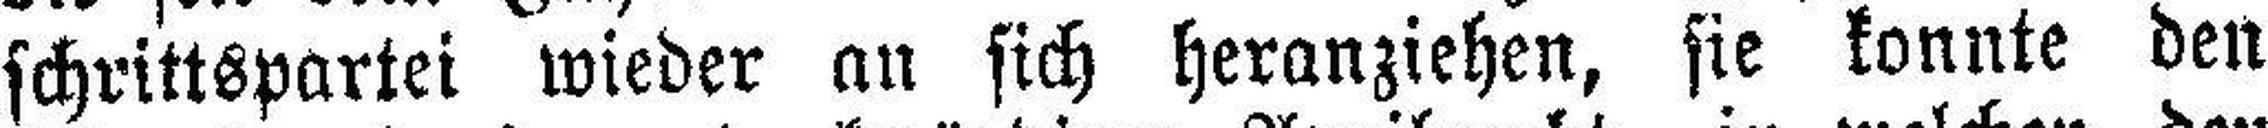
schrittspartei wieder an sich heranziehen, sie konnte den